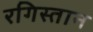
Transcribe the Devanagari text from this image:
रगिस्तान